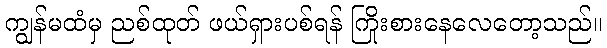
ကျွန်မထံမှ ညစ်ထုတ် ဖယ်ရှားပစ်ရန် ကြိုးစားနေလေတော့သည်။